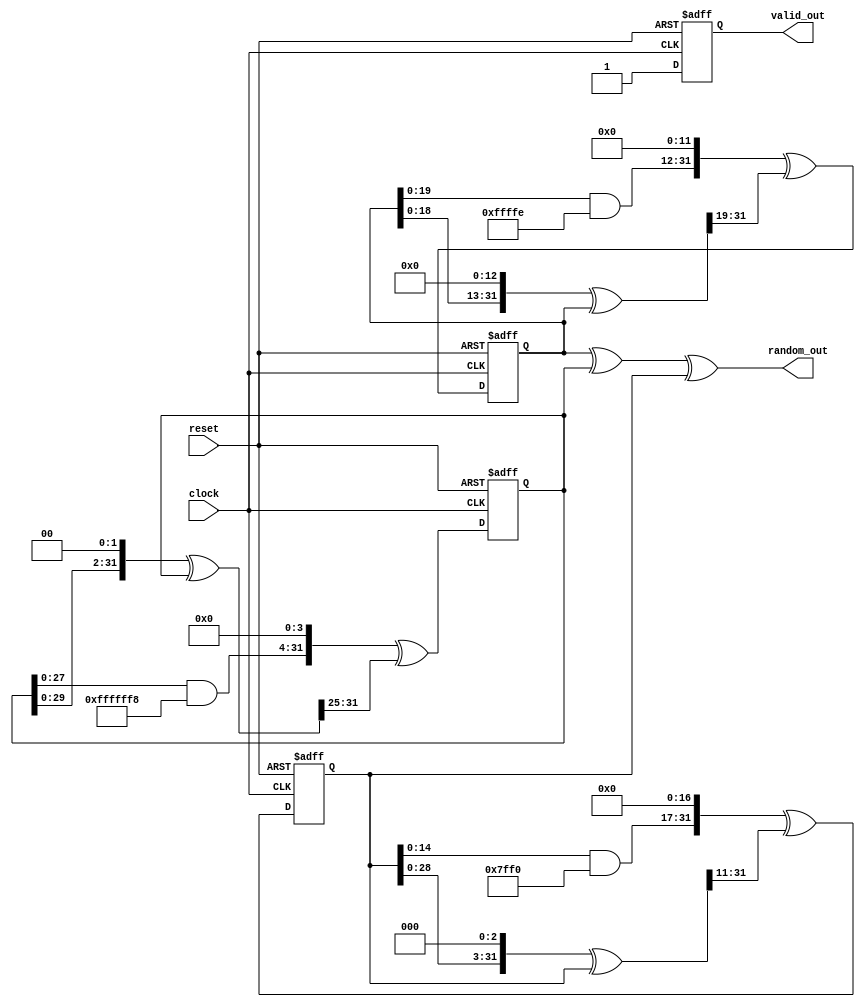
`timescale 1ns / 1ps

module tausworthe_6(
    input clock,
    input reset,
    output [31:0] random_out,
    output reg valid_out
    );
    
   
    wire [31:0] b1,b2,b3;
    wire [31:0] next_S0, next_S1, next_S2;
    reg [31:0] S0_reg, S1_reg, S2_reg;
    
    assign b1      = (((S0_reg << 13) ^ S0_reg) >> 19);
    assign next_S0 = (((S0_reg & 32'hfffffffe) << 12) ^ b1);
    assign b2      = (((S1_reg << 2 ) ^ S1_reg) >> 25);
    assign next_S1 = (((S1_reg & 32'hfffffff8) << 4 ) ^ b2);
    assign b3      = (((S2_reg << 3 ) ^ S2_reg) >> 11);
    assign next_S2 = (((S2_reg & 32'hfffffff0) << 17) ^ b3);
    
    assign random_out = S0_reg ^ S1_reg ^ S2_reg;
    
    always @(posedge clock or posedge reset)
      if (reset)
      begin
        S0_reg <= 32'haa0aa0aa;
        S1_reg <= 32'hb00b00bb;
        S2_reg <= 32'hd00b00dd;
        valid_out <= 1'b0;
      end
      else
      begin 
        S0_reg <= next_S0;
        S1_reg <= next_S1;
        S2_reg <= next_S2;
        valid_out <= 1'b1;
      end
endmodule